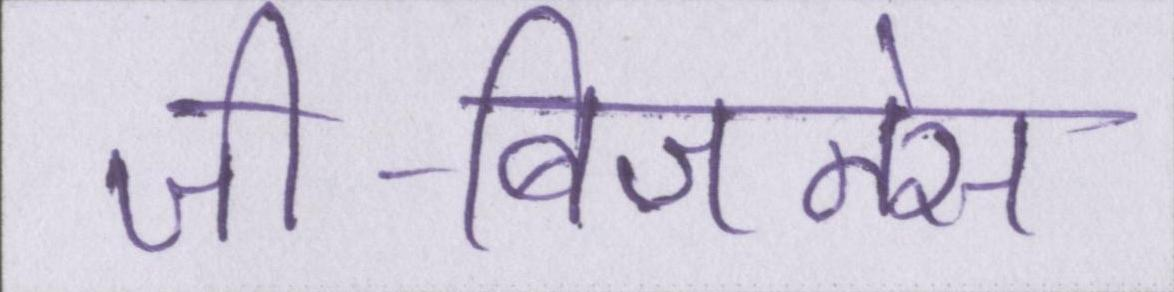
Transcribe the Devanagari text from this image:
जी-बिजनेस